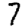
Digit: 7